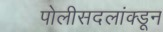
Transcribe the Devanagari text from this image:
पोलीसदलांक्डून